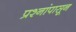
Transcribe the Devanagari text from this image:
प्रश्नांपासून